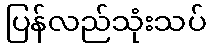
ပြန်လည်သုံးသပ်